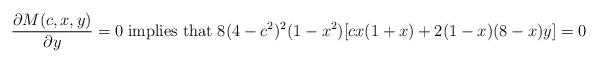
LaTeX: \begin{align*}\frac{\partial M(c,x,y)}{\partial y} =0\;\mbox{implies that}\; 8(4-c^2)^2(1-x^2)[cx(1+x)+2(1-x)(8-x)y]=0\end{align*}